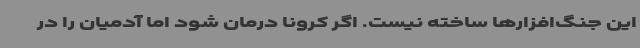
این جنگ‌افزارها ساخته نیست. اگر کرونا درمان شود اما آدمیان را در